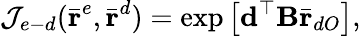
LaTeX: \mathcal{J}_{e-d}(\bar{\textbf{r}}^{e},\bar{\textbf{r}}^{d})=\exp\left[\textbf{d}^{\top}\textbf{B}\bar{\textbf{r}}_{dO}\right],